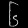
Digit: ၆